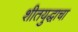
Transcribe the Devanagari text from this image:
शीतयुद्धाचा